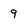
Character: 9